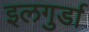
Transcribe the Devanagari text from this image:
इलगुर्डा